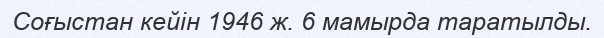
Соғыстан кейін 1946 ж. 6 мамырда таратылды.